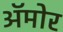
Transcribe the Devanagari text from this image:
अॅमोर